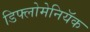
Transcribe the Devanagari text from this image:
डिफ्लोमेनियॅक